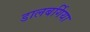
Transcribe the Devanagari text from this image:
डालबर्गिया